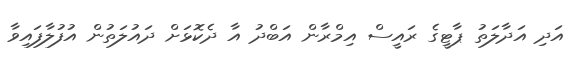
އަދި އަދާލަތު ޕާޓީގެ ރައީސް އިމްރާން އަބްދު އާ ދެކޮޅަށް ދައުލަތުން އުފުލާފައިވާ